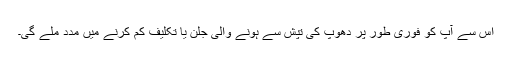
اس سے آپ کو فوری طور پر دھوپ کی تپش سے ہونے والی جلن یا تکلیف کم کرنے میں مدد ملے گی۔